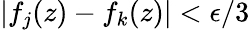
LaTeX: |f_{j}(z)-f_{k}(z)|<\epsilon/3